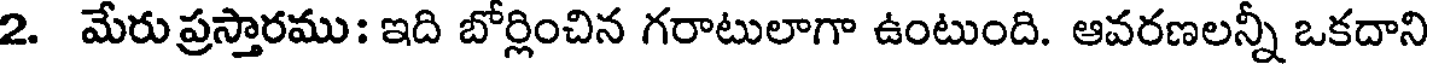
2. మేరుప్రస్తారము: ఇది బోర్లించిన గరాటులాగా ఉంటుంది. ఆవరణలన్నీ ఒకదాని